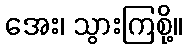
အေး၊ သွားကြစို့။